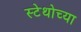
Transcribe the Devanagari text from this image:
स्टेथोच्या